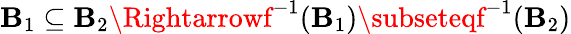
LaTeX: \mathbf{B}_{1}\subseteq\mathbf{B}_{2}\Rightarrowf^{-1}(\mathbf{B}_{1})\subseteqf^{-1}(\mathbf{B}_{2})